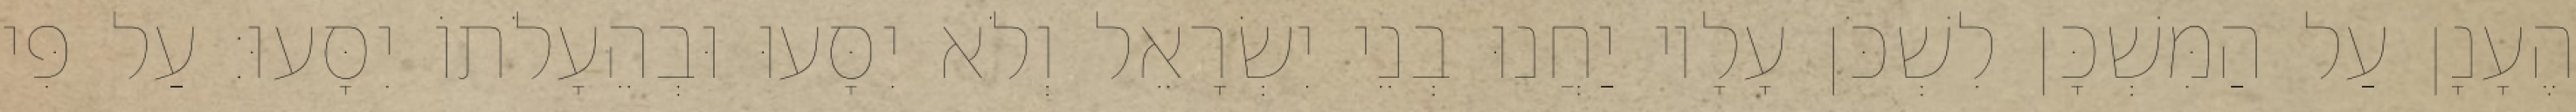
הֶעָנָן עַל הַמִּשְׁכָּן לִשְׁכֹּן עָלָיו יַחֲנוּ בְנֵי יִשְׂרָאֵל וְלֹא יִסָּעוּ וּבְהֵעָלֹתוֹ יִסָּעוּ׃ עַל פִּי